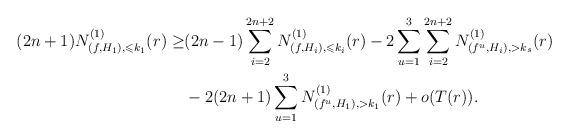
LaTeX: \begin{align*}(2n+1)N^{(1)}_{(f,H_1),\leqslant k_1}(r)\ge& (2n-1)\sum_{i=2}^{2n+2}N^{(1)}_{(f,H_i),\leqslant k_i}(r)-2\sum_{u=1}^3\sum_{i=2}^{2n+2}N^{(1)}_{(f^u,H_i),>k_s}(r)\\&-2(2n+1)\sum_{u=1}^3N^{(1)}_{(f^u,H_1),>k_1}(r)+o(T(r)).\end{align*}